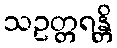
သဥတ္တရန္တိ